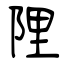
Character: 陧